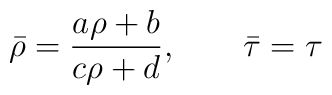
\bar{\rho} =\frac{a\rho +b}{c\rho +d}  , \qquad \bar{\tau} =\tau